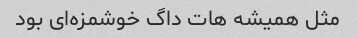
مثل همیشه هات داگ خوشمزه‌ای بود